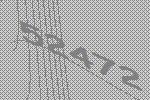
52472